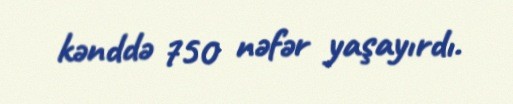
kənddə 750 nəfər yaşayırdı.